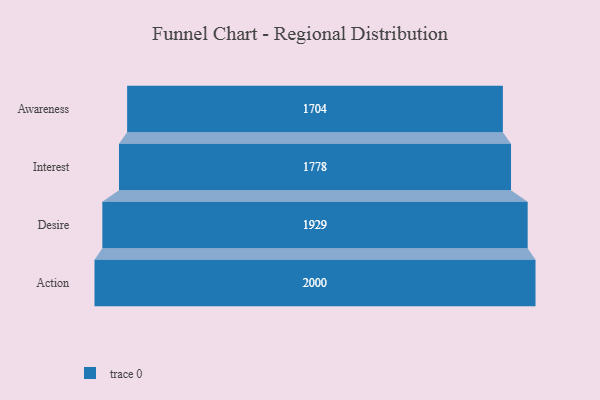
{"axis": {"x": "Stage", "y": "Value"}, "legend": [""], "data": [{"x": "Awareness", "y": 1704.0, "type": ""}, {"x": "Interest", "y": 1778.0, "type": ""}, {"x": "Desire", "y": 1929.0, "type": ""}, {"x": "Action", "y": 2000, "type": ""}]}